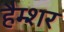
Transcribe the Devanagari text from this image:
हैम्शर